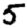
Digit: 5